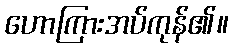
ဟောကြားအပ်ကုန်၏။